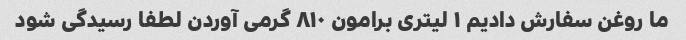
ما روغن سفارش دادیم ۱ لیتری برامون ۸۱۰ گرمی آوردن لطفا رسیدگی شود